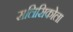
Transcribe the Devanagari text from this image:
सलिसिकोला